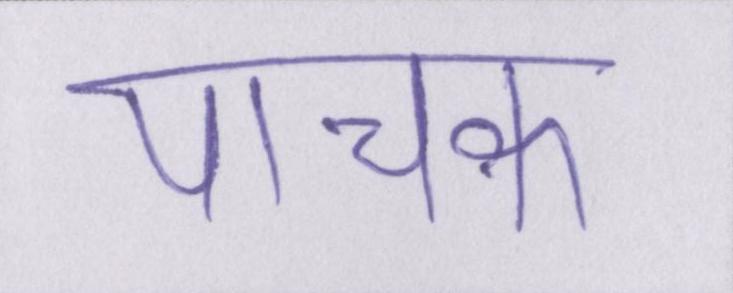
पाचक